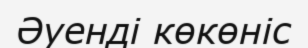
Әуенді көкөніс